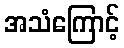
အသံကြောင့်